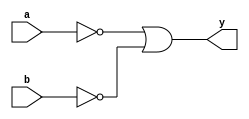
module nandg (input a, input b, output y);
  assign y = ~a | ~b;
endmodule